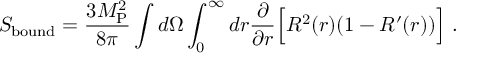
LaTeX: S _ { \mathrm { b o u n d } } = { \frac { 3 M _ { \mathrm { P } } ^ { 2 } } { 8 \pi } } \int d \Omega \int _ { 0 } ^ { \infty } d r { \frac { \partial } { \partial r } } \Bigl [ R ^ { 2 } ( r ) ( 1 - R ^ { \prime } ( r ) ) \Bigr ] \ .